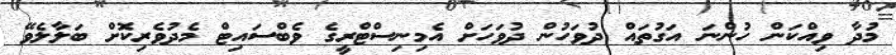
މުދާ ވިއްކަން ހުންނަ އަގުތައް ދުވަހުން ދުވަހަށް އެމިނިސްޓްރީގެ ވެބްސައިޓް މެދުވެރިކޮށް ބަލާލެވޭ